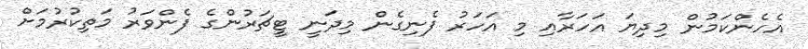
އެހެންކަމުން މިދިޔަ އަހަރާއި މި އަހަރު ފެނިގެން މިދަނީ ޓީޗަރުންގެ ފެންވަރު މަތިކުރުމަށް